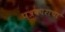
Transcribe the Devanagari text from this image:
पत्रकाराचा